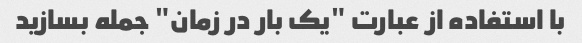
با استفاده از عبارت "یک بار در زمان" جمله بسازید